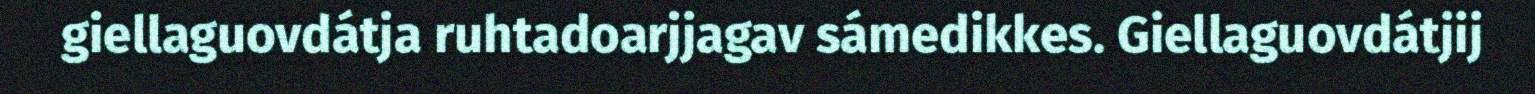
giellaguovdátja ruhtadoarjjagav sámedikkes. Giellaguovdátjij